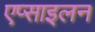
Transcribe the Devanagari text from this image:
एप्साइलन